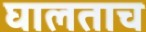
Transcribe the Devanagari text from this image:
घालताच